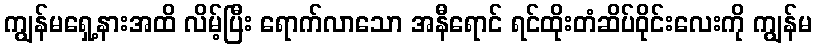
ကျွန်မရှေ့နားအထိ လိမ့်ပြီး ရောက်လာသော အနီရောင် ရင်ထိုးတံဆိပ်ဝိုင်းလေးကို ကျွန်မ